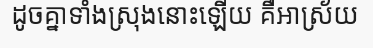
ដូចគ្នាទាំងស្រុងនោះឡើយ គឺអាស្រ័យ